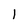
Character: 1